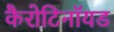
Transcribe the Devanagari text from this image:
कैरोटिनॉयड